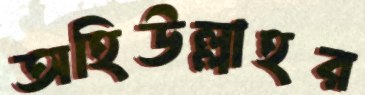
অহিউল্লাহর